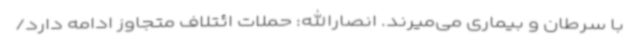
با سرطان و بیماری می‌میرند. انصارالله: حملات ائتلاف متجاوز ادامه دارد/